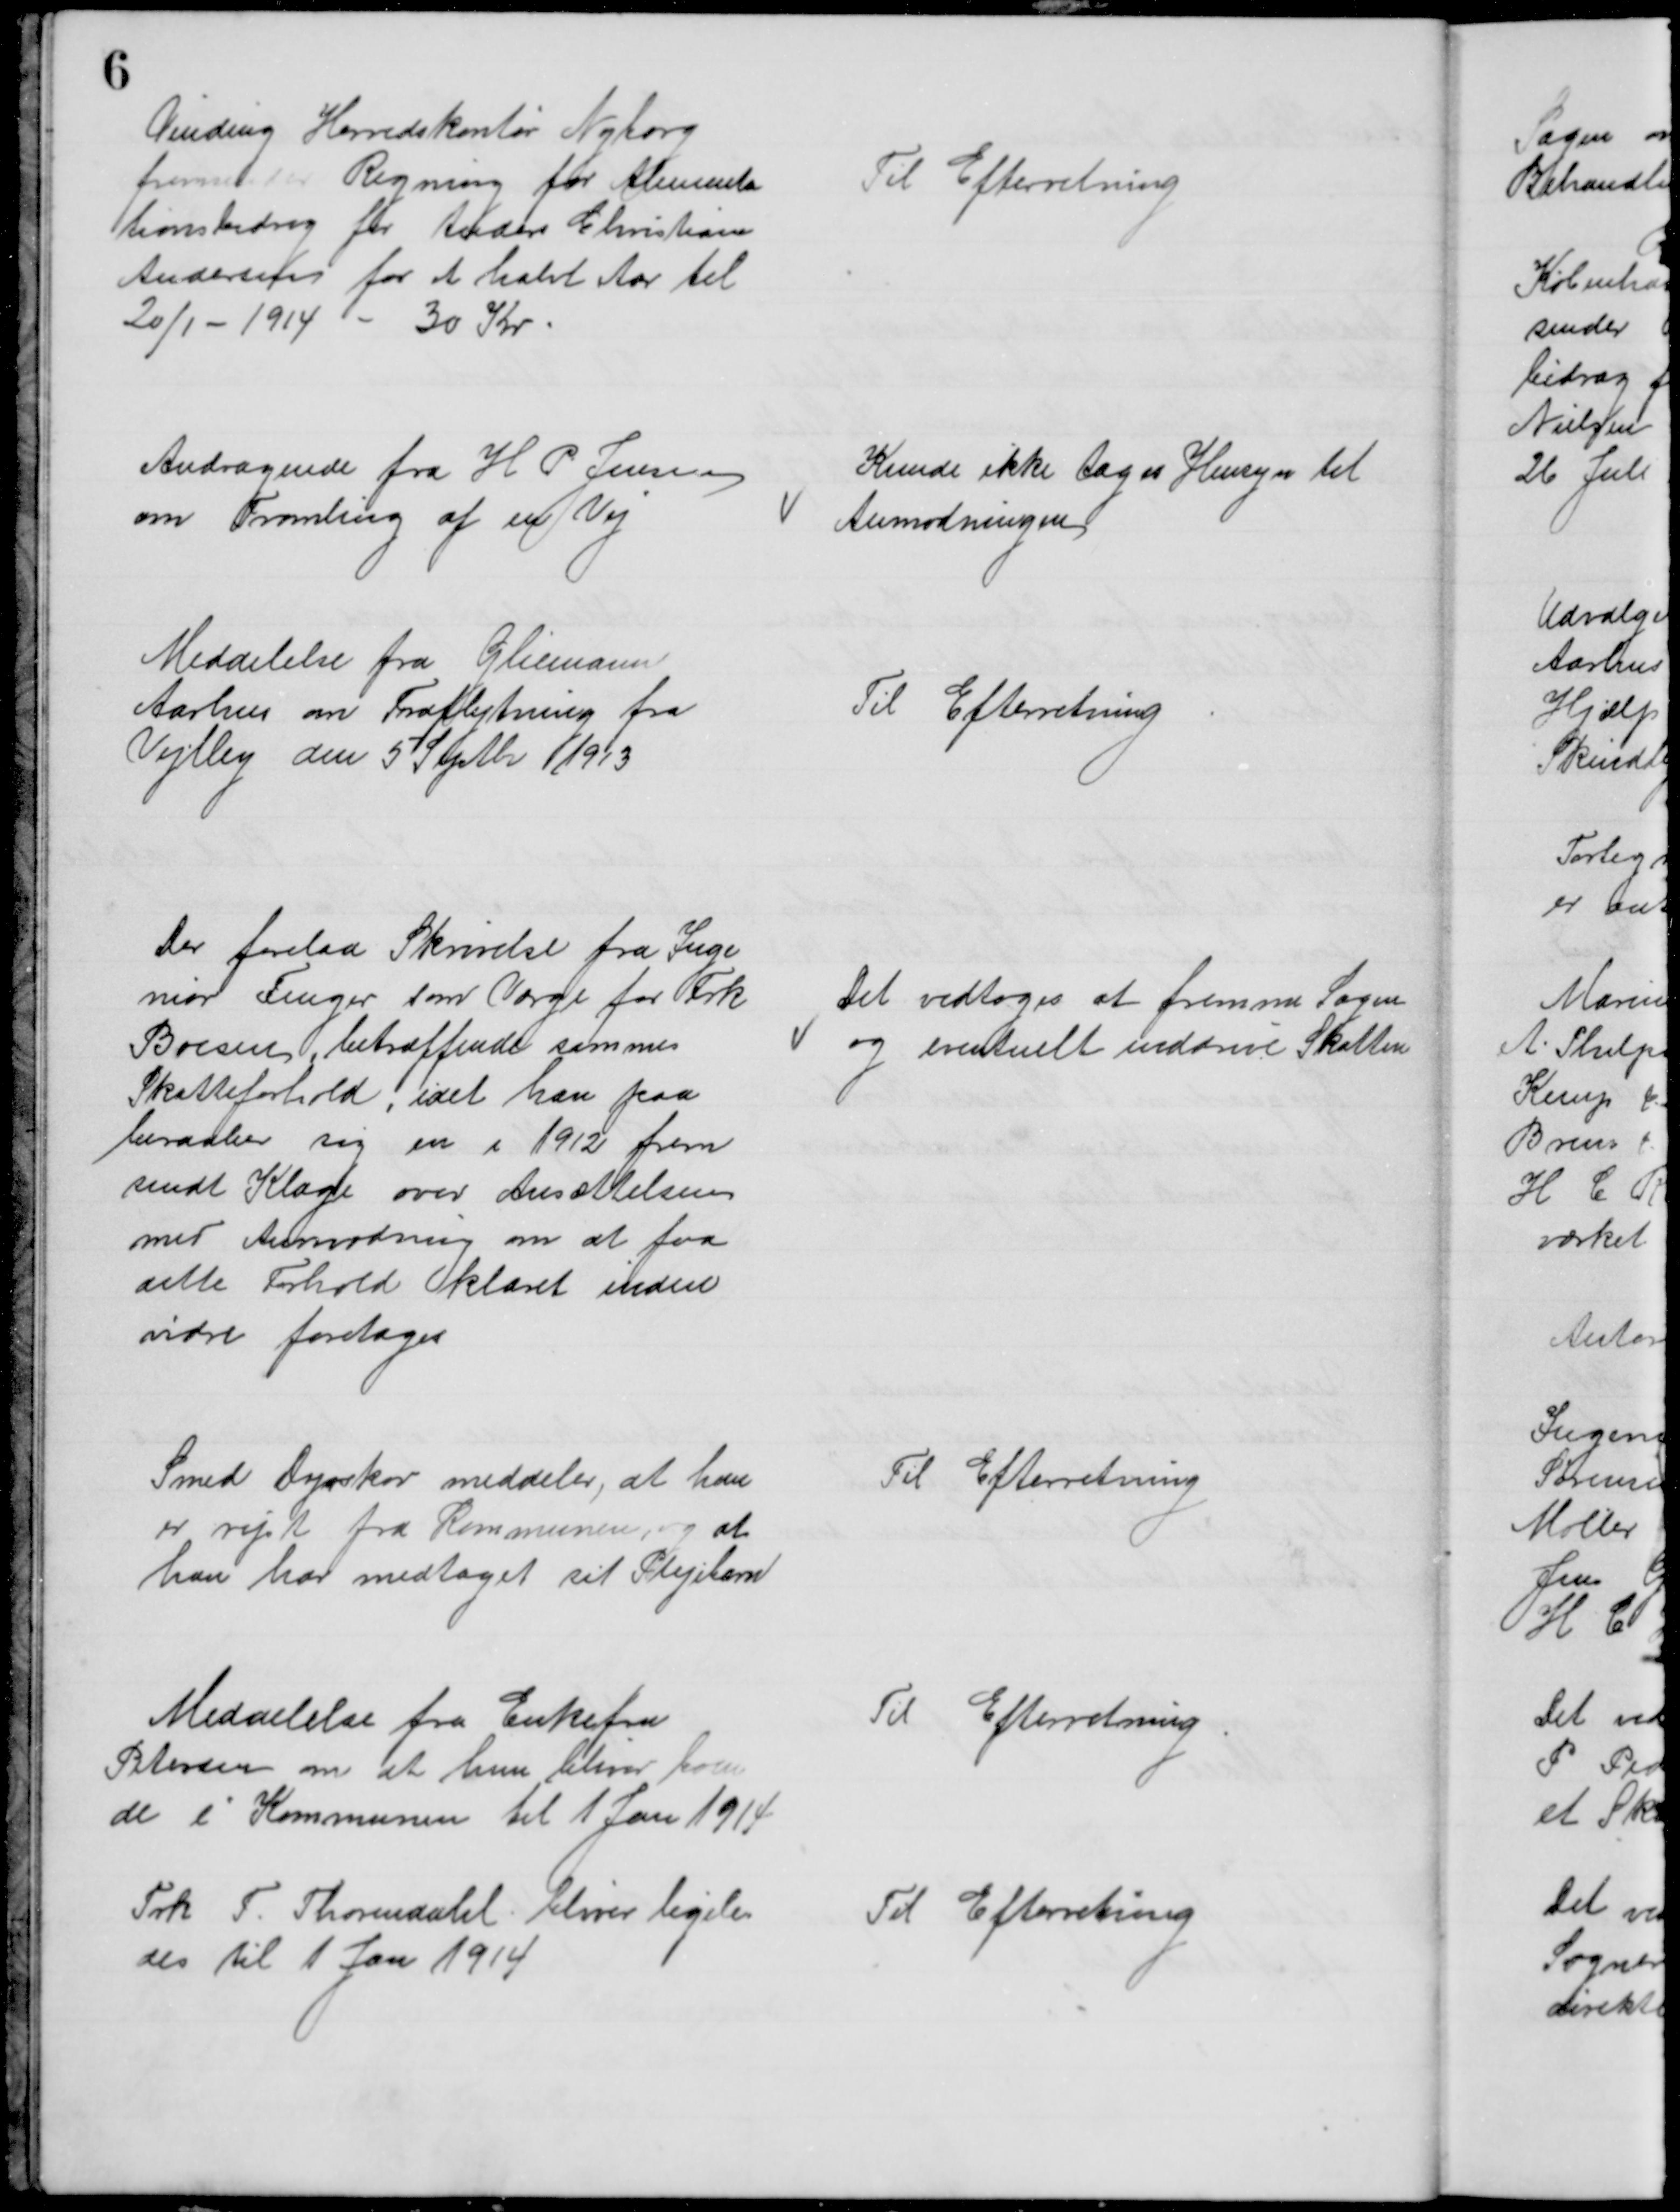
Transskription:
Vinding Herredskontor Nyborg
fremsender Regning for Alimenta
tionsbidrag for Anders Christian
Andersen for at halvt Aar til
20/1 - 1914 - 30 Kr.
Til Efterretning
Andragende fra H. P. Jensen
om Tromling af en Vej
Kunde ikke tages Hensyn til
Anmodningen
Meddelelse fra Gliemann
Aarhus om Fraflytning fra
Vejlby den 5 Septbr 1913
Til Efterretning
Der forelaa Skrivelse fra Inge
niør Fenger som Værge for Frk
Boesen, betræffende sammes
Skatteforhold, idet han paa
beraaber sig en i 1912 frem
sendt Klage over Ansættelsen
med Anmodning om at faa
dette Forhold klaret inden
vidre foretages
Det vedtoges at fremme Sagen
og eventuelt inddrive Skatten
Smed Dyrskov meddeler, at han
er rejst fra Kommunen, og at 
han har medtaget sit Plejebarn
Til Efterretning
Meddelelse fra Enkefru
Petersen om at hun bliver boen
de i Kommunen til 1 Jan 1914
Til Efterretning
Frk. T. Thorendahl bliver ligele
des til 1 Jan 1914
Til Efterretning